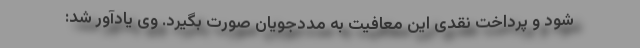
شود و پرداخت نقدی این معافیت به مددجویان صورت بگیرد. وی یادآور شد: